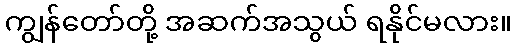
ကျွန်တော်တို့ အဆက်အသွယ် ရနိုင်မလား။